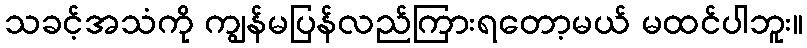
သခင့်အသံကို ကျွန်မပြန်လည်ကြားရတော့မယ် မထင်ပါဘူး။